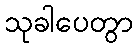
သုခါပေတွာ